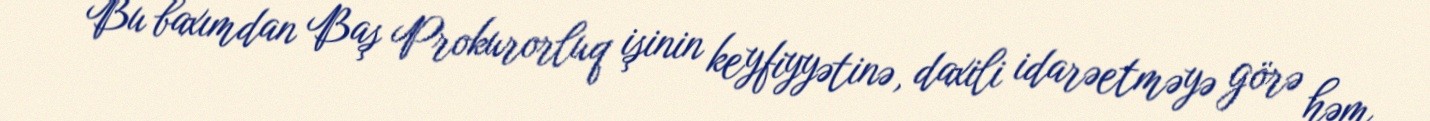
Bu baxımdan Baş Prokurorluq işinin keyfiyyətinə, daxili idarəetməyə görə həm